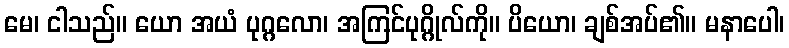
မေ၊ ငါသည်။ ယော အယံ ပုဂ္ဂလော၊ အကြင်ပုဂ္ဂိုလ်ကို။ ပိယော၊ ချစ်အပ်၏။ မနာပေါ၊